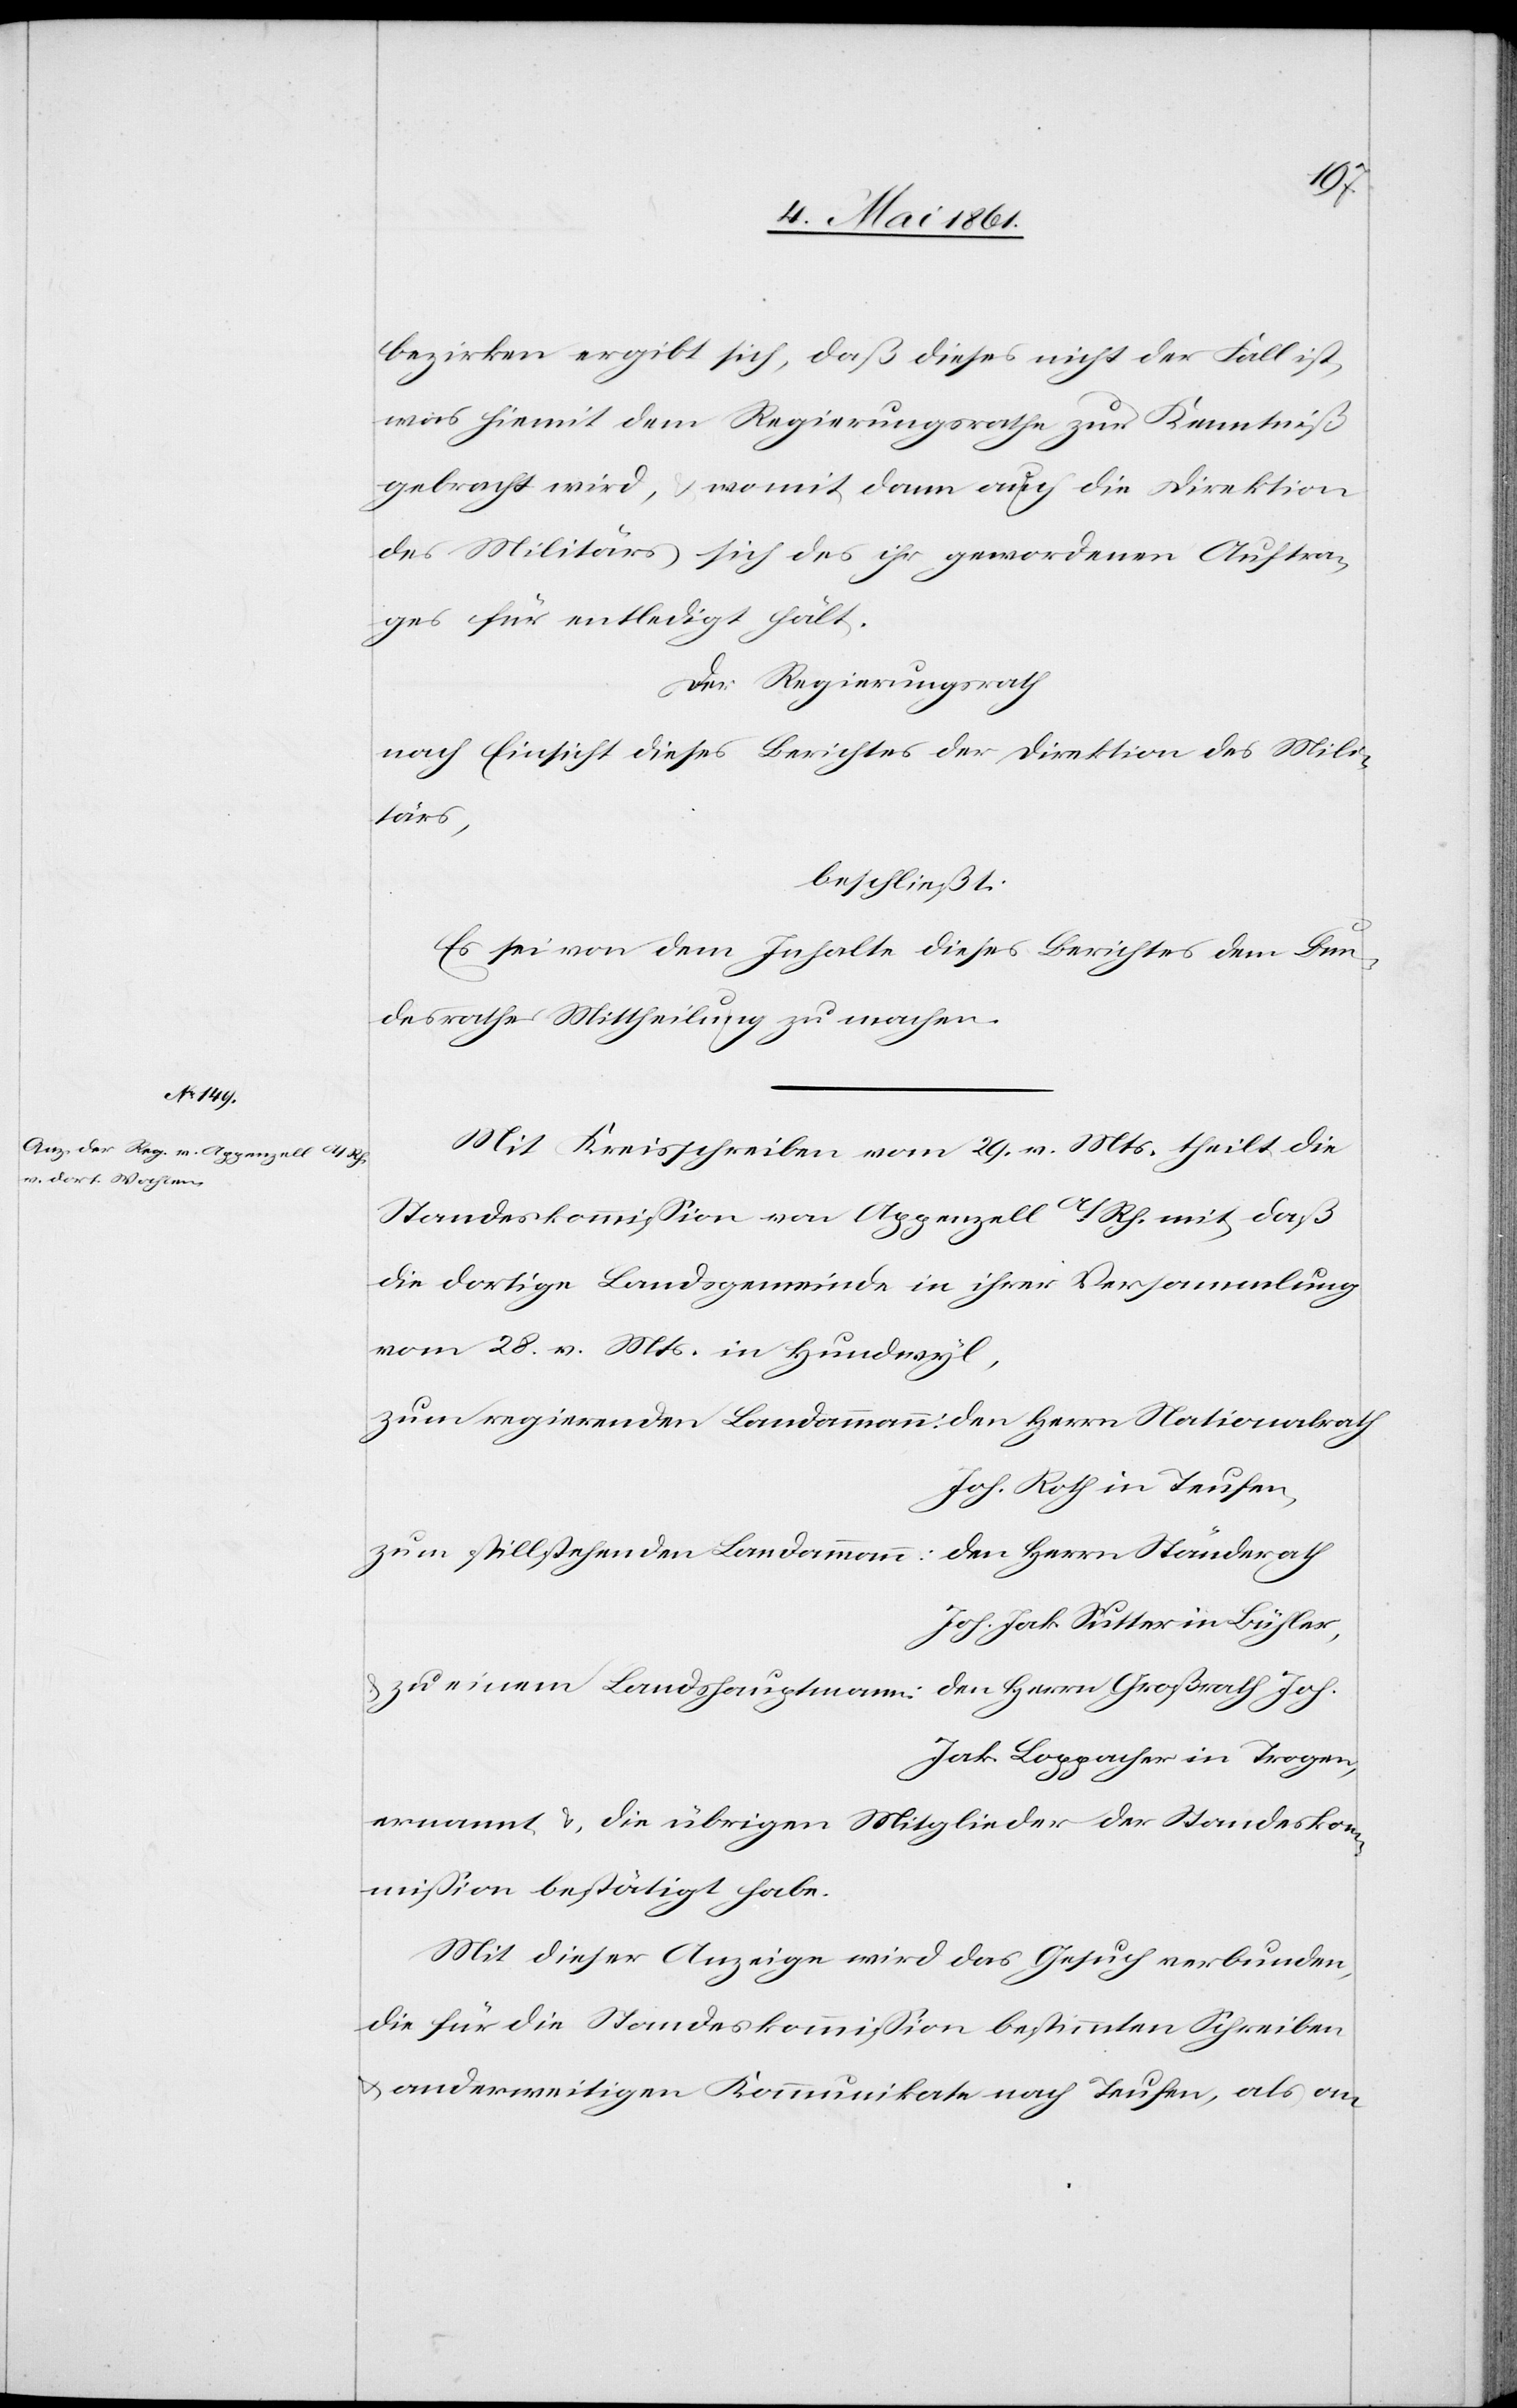
bezirken ergibt sich, daß dieses nicht der Fall ist,
was hiemit dem Regierungsrathe zur Kenntniß
gebracht wird, u. womit dann auch die Direktion
des Militärs sich des ihr gewordenen Auftra¬
ges für entledigt hält.
Der Regierungsrath
nach Einsicht dieses Berichtes der Direktion des Mili¬
tärs,
beschließt:
Es sei von dem Inhalte dieses Berichtes dem Bun¬
desrath Mittheilung zu machen.
Mit Kreisschreiben vom 29. v. Mts. theilt die
Standeskommission von Appenzell a/Rh. mit, daß
die dortige Landsgemeinde in ihrer Versammlung
vom 28. v. Mts. in Hundwyl,
zum regierenden Landammann: den Herrn Nationalrath
Joh. Roth in Teufen,
zum stillstehenden Landammann: den Herrn Ständerath
Joh. Jak. Sutter in Bühler,
u. zu einem Landshauptmann: den Herrn Großrath Joh.
Jak. Boppacher in Trogen,
ernannt u. die übrigen Mitglieder der Standesko¬
mmission bestätigt habe.
Mit dieser Anzeige wird das Gesuch verbunden,
die für die Standeskommission bestimmten Schreiben
u. anderweitigen Kommunikate nach Teufen, als an